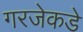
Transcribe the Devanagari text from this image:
गरजेकडे